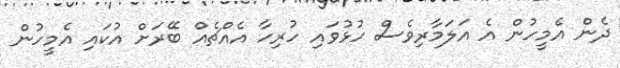
ދެން އެމީހުން އެ އަލަމާރިވެސް ހުޅުވައި ހުރިހާ އެއްޗެއް ބޭރަށް އުކައި އެމީހުން